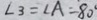
\angle 3 = \angle A = 8 0 ^ { \circ }